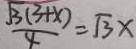
\frac { \sqrt { 3 } ( 3 + x ) } { 4 } = \sqrt { 3 } x